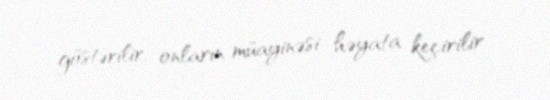
göstərilir, onların müayinəsi həyata keçirilir.